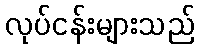
လုပ်ငန်းများသည်